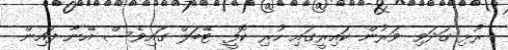
ރުޅި ގަދަވި ވަރުން ކައިރީގައި ހުރި ކޮފީ ޓޭބަލް ގައިވެސް އޭނާ ފައިން